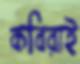
কবিরাই